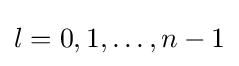
l=0,1,\ldots ,n-1